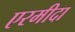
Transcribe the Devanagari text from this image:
एरमीदा